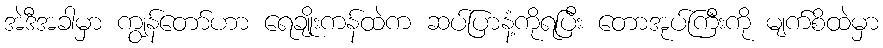
အဲဒီအခါမှာ ကျွန်တော်ဟာ ရေချိုးကန်ထဲက ဆပ်ပြာနံ့ကိုရပြီး တောအုပ်ကြီးကို မျက်စိထဲမှာ